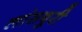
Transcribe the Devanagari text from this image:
लांसबुरी